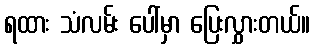
ရထား သံလမ်း ပေါ်မှာ ပြေးလွှားတယ်။